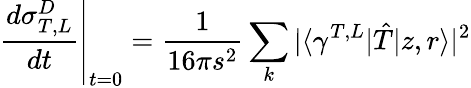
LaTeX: \left.\frac{d\sigma_{T,L}^{D}}{dt}\right|_{t=0}=\frac{1}{16\pi s^{2}}\sum_{k}|\langle\gamma^{T,L}|\hat{T}|z,r\rangle|^{2}